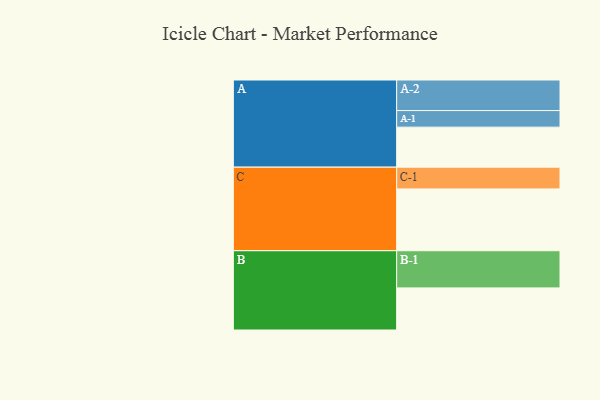
{"axis": {"x": "Segment", "y": "Value"}, "legend": ["", "A", "B", "C"], "data": [{"x": "A", "y": 309, "type": ""}, {"x": "B", "y": 325, "type": ""}, {"x": "C", "y": 477, "type": ""}, {"x": "A-1", "y": 128, "type": "A"}, {"x": "A-2", "y": 236, "type": "A"}, {"x": "B-1", "y": 287, "type": "B"}, {"x": "C-1", "y": 168, "type": "C"}]}